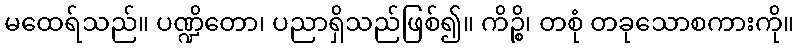
မထေရ်သည်။ ပဏ္ဍိတော၊ ပညာရှိသည်ဖြစ်၍။ ကိဉ္စိ၊ တစုံ တခုသောစကားကို။